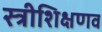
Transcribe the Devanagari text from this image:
स्त्रीशिक्षणव